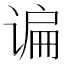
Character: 谝